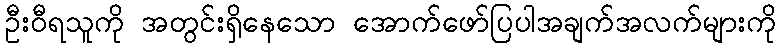
ဦးဝီရသူကို အတွင်းရှိနေသော အောက်ဖော်ပြပါအချက်အလက်များကို